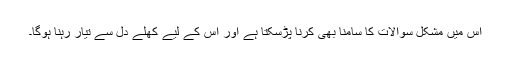
اس میں مشکل سوالات کا سامنا بھی کرنا پڑسکتا ہے اور اس کے لیے کھلے دل سے تیار رہنا ہوگا۔